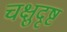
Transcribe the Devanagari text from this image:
चक्षुदृष्ट